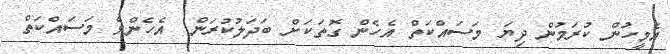
އެމީހުން ކުރަމުން ދިޔަ މަސައްކަތް އެހެން ގޮތަކަށް ބަދަލުކުރަން  އެހެންވެ މަސައްކަތް